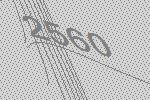
2560